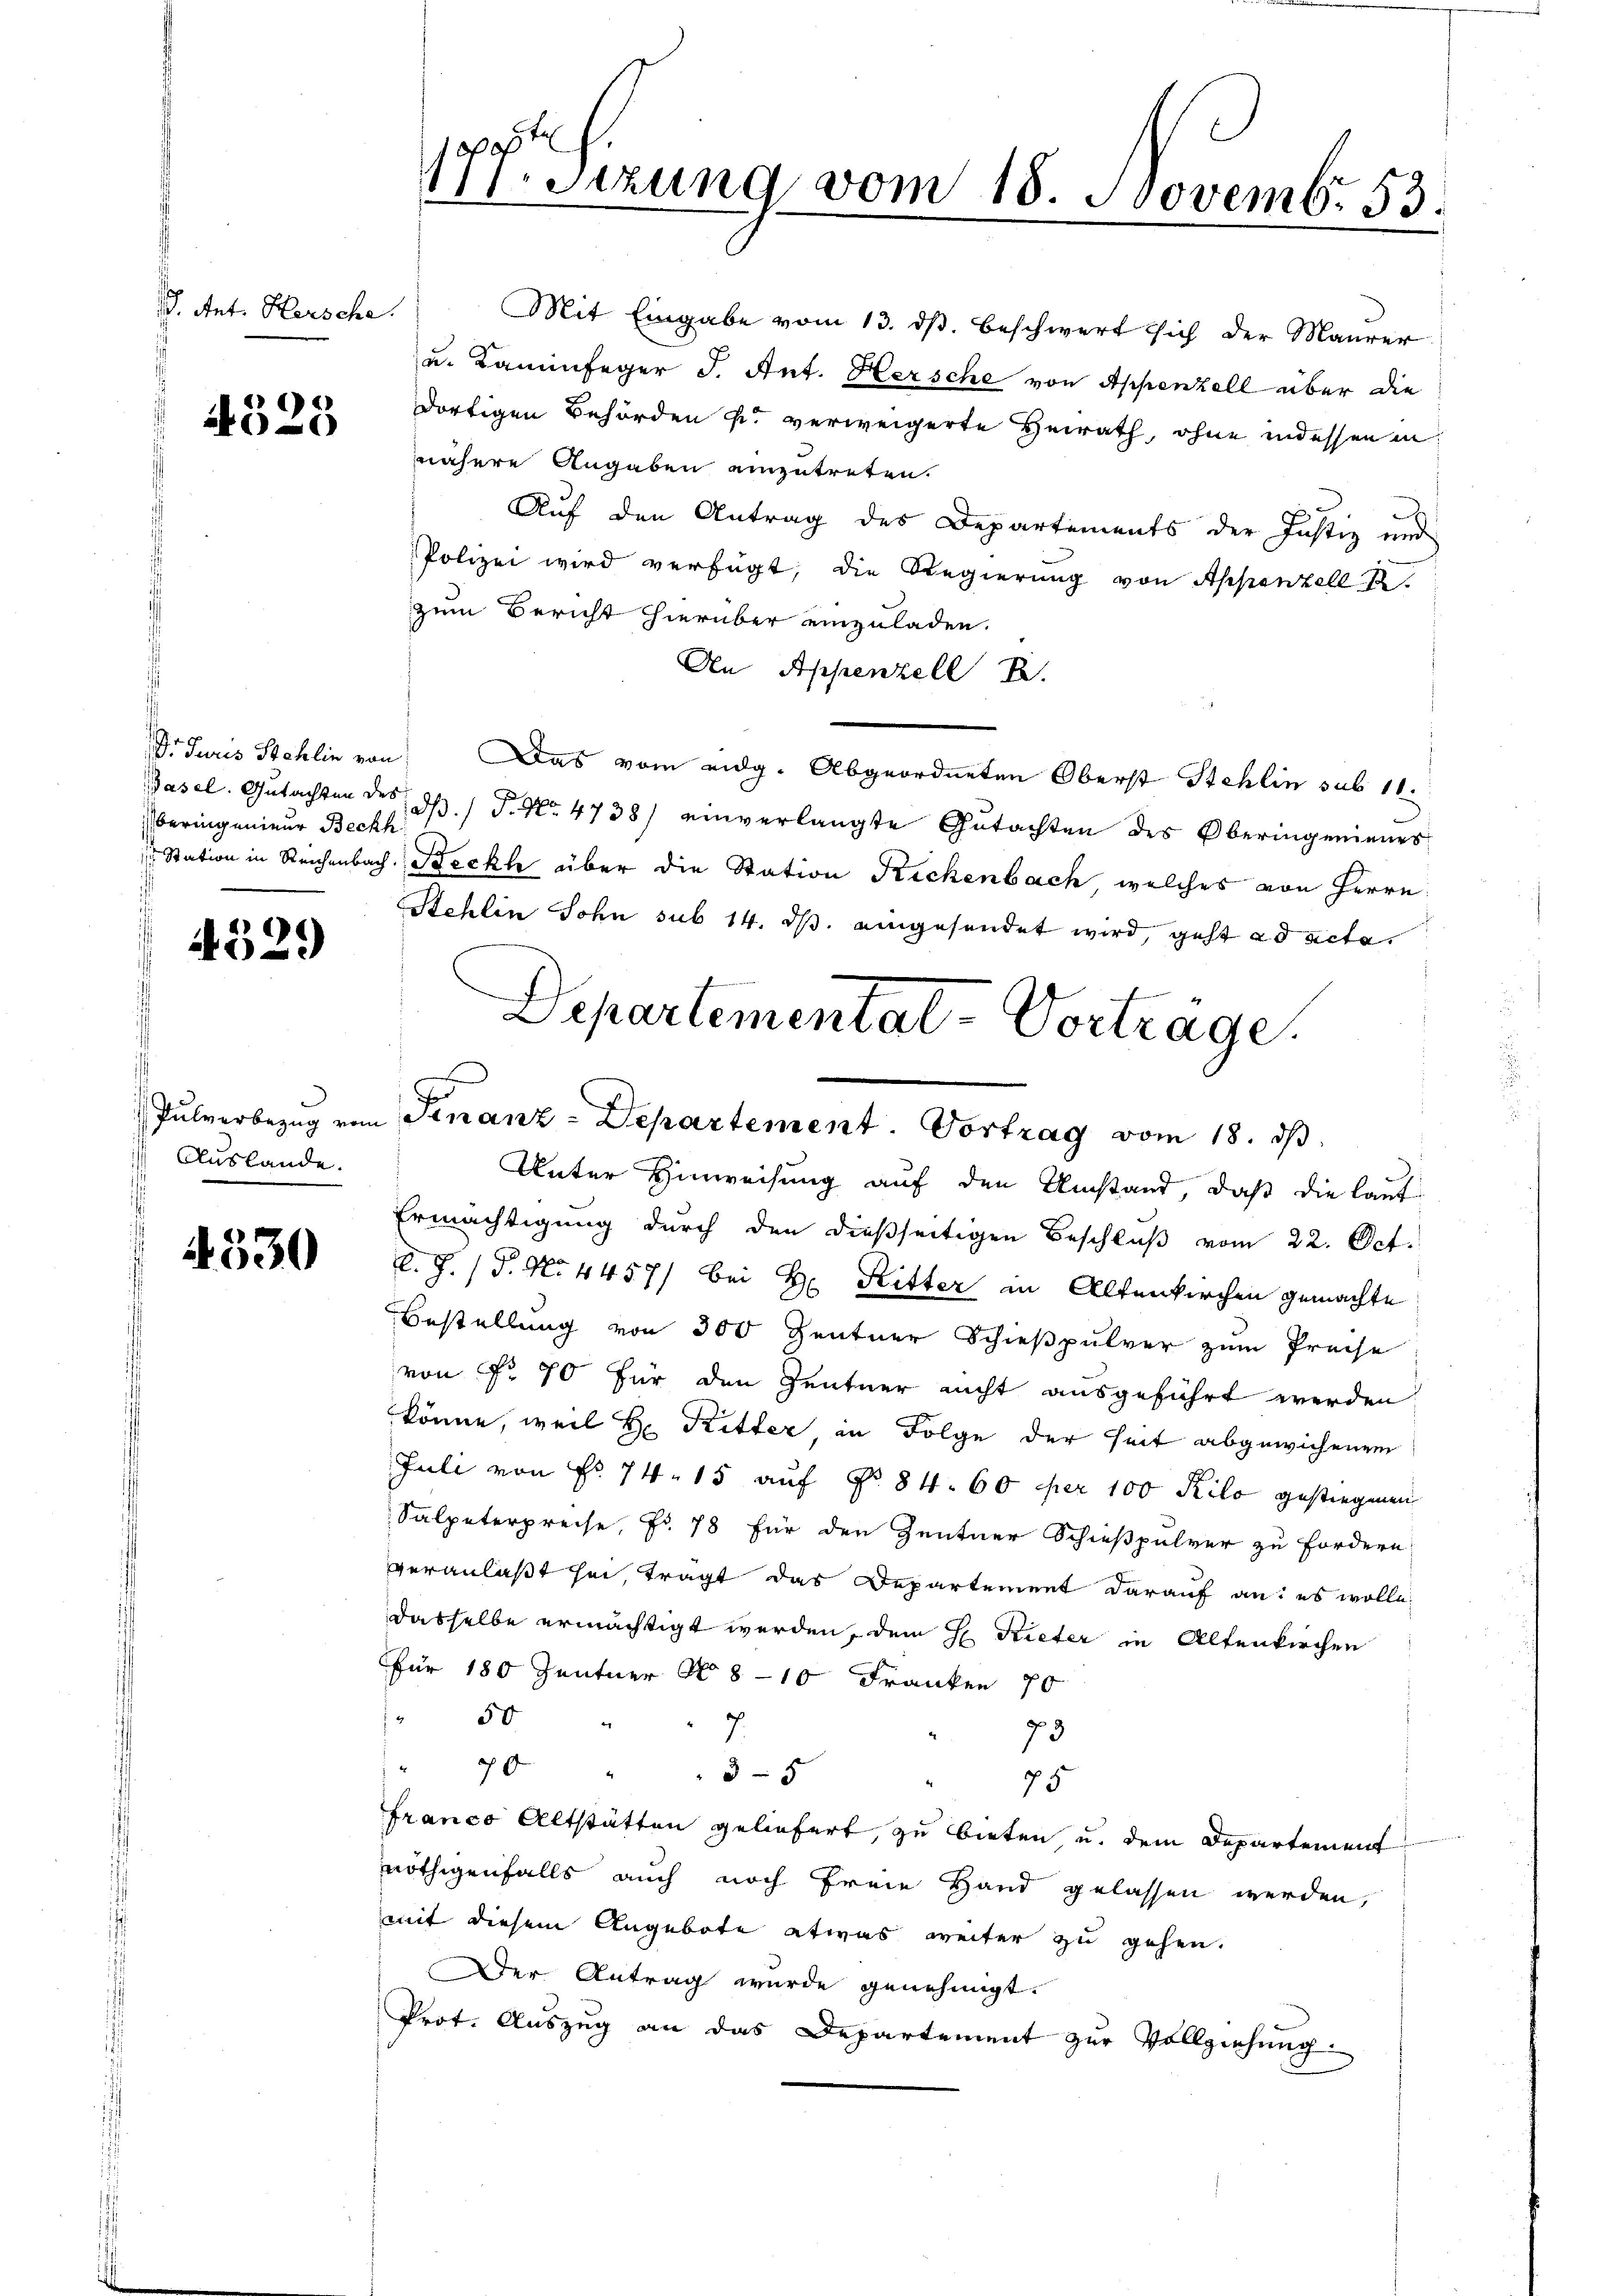
I. Ant. Hersche.

4328

Überingenieur Beckh

4529

Auslande.

4330

177. Sizung vom 18. Novemb. 53.

Mit Eingabe vom 13. ds. beschwert sich der Maurer
u. Kaminfeger J. Ant. Hersche von Appenzell über die
dortigen Behörden u. verweigerte Heirath, ohne indessen in
nähere Angaben einzutreten.
u
Auf den Antrag des Departements der Justiz und
Polizei wird verfügt, die Regierŭng von Appenzell A.
zum Bericht hierüber einzuladen.
An Appenzell I.
Dr Juris Stehlin von Das vom eidg. Abgeordneten Oberst Stehlin sub 11.
Basel. Gutachten des d. P. Nr. 4738) einverlangte Gutachten des Oberingenieues
 Station in Reichenbach. Beckh über die Station Rickenbach, welches von Herrn
Stehlin Sohn sub 14. ds. eingesendet wird, geht ad acta
Unter Hinweisung auf den Umstand, daß die lauf
Ermächtigung durch den dießseitigen Beschluß vom 22. Oct.
l.J. (T. No 4457/ bei H. Ritter in Altenkirchen gemachte
Bestellung von 300 Zentner Schießpulver zum Preise
von No 70 für den Zentner nicht ausgeführt werden
könne, weil H. Ritter in Folge der Zeit abgewichenem
Juli von Fr. 74. 15 auf No 84. 60 per 100 Kilo gestiegenen
Salpeterpreise, No. 78 für den Zentner Schießpulver zu fordern
veranlaßt sei, trägt das Departement darauf an: es wolle
dasselbe ermächtigt werden, dem H. Rieter in Altenkirchen
für 180 Zentner No 8-10 Franken 70
50 "
7.
73
70 " " 3 - 5
75
Franco Altstätten geliefert, zu bieten u. dem Departement
nöthigenfalls auch noch freie Hand gelassen werden,
mit diesem Angebote etwas weiter zu gehen.
Der Antrag wurde genehmigt.
Prot. Auszug an das Departement zur Vollziehung.

Departementat-Vortrage.
x
f
Pulverbezug vom Finanz-Departement. Vortrag vom 18. ds.